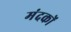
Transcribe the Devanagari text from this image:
मंदकों